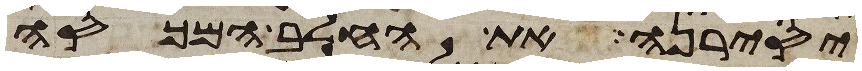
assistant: יסירנה את החלב המכסה